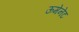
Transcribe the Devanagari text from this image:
ऊमेनेट